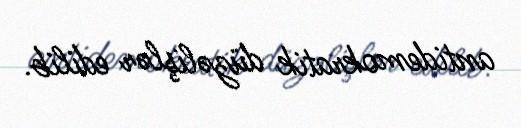
antidemokratik düzəlişlər edilib.